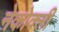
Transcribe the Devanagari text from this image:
नेकोक्ली